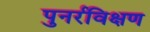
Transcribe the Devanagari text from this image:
पुनर्रविक्षण